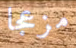
مزعجا